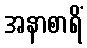
အနာစာရိံ